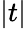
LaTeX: |t|